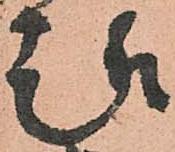
趣